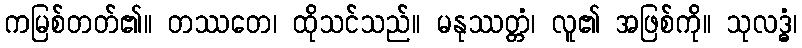
ကမြစ်တတ်၏။ တဿတေ၊ ထိုသင်သည်။ မနုဿတ္တံ၊ လူ၏ အဖြစ်ကို။ သုလဒ္ဓံ၊